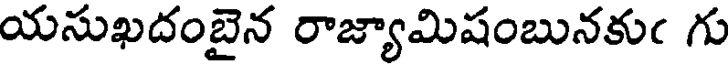
యసుఖదంబైన రాజ్యామిషంబునకుఁ గు